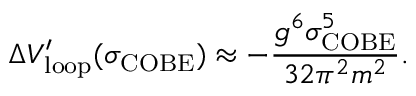
\Delta V _ { \mathrm { l o o p } } ^ { \prime } ( \sigma _ { \mathrm { C O B E } } ) \approx - \frac { g ^ { 6 } \sigma _ { \mathrm { C O B E } } ^ { 5 } } { 3 2 \pi ^ { 2 } m ^ { 2 } } .